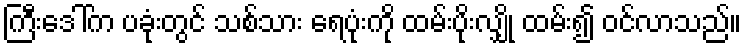
ကြီးဒေါ်က ပခုံးတွင် သစ်သား ရေပုံးကို ထမ်းပိုးလျှို ထမ်း၍ ဝင်လာသည်။